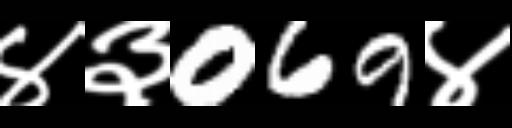
Text: ४३069४